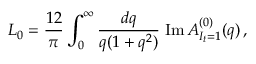
L _ { 0 } = { \frac { 1 2 } { \pi } } \int _ { 0 } ^ { \infty } { \frac { d q } { q ( 1 + q ^ { 2 } ) } } \; \mathrm { I m } \, A _ { I _ { t } = 1 } ^ { ( 0 ) } ( q ) \, ,